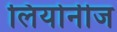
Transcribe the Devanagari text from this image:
लियोनीज